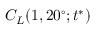
C _ { L } ( 1 , 2 0 ^ { \circ } ; t ^ { * } )